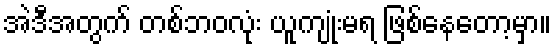
အဲဒီအတွက် တစ်ဘဝလုံး ယူကျုံးမရ ဖြစ်နေတော့မှာ။